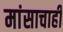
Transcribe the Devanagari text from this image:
मांसाचाही